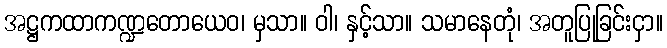
အဋ္ဌကထာကဏ္ဍတောယေဝ၊ မှသာ။ ဝါ၊ နှင့်သာ။ သမာနေတုံ၊ အတူပြုခြင်းငှာ။